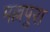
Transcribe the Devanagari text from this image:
मल्लपुरा